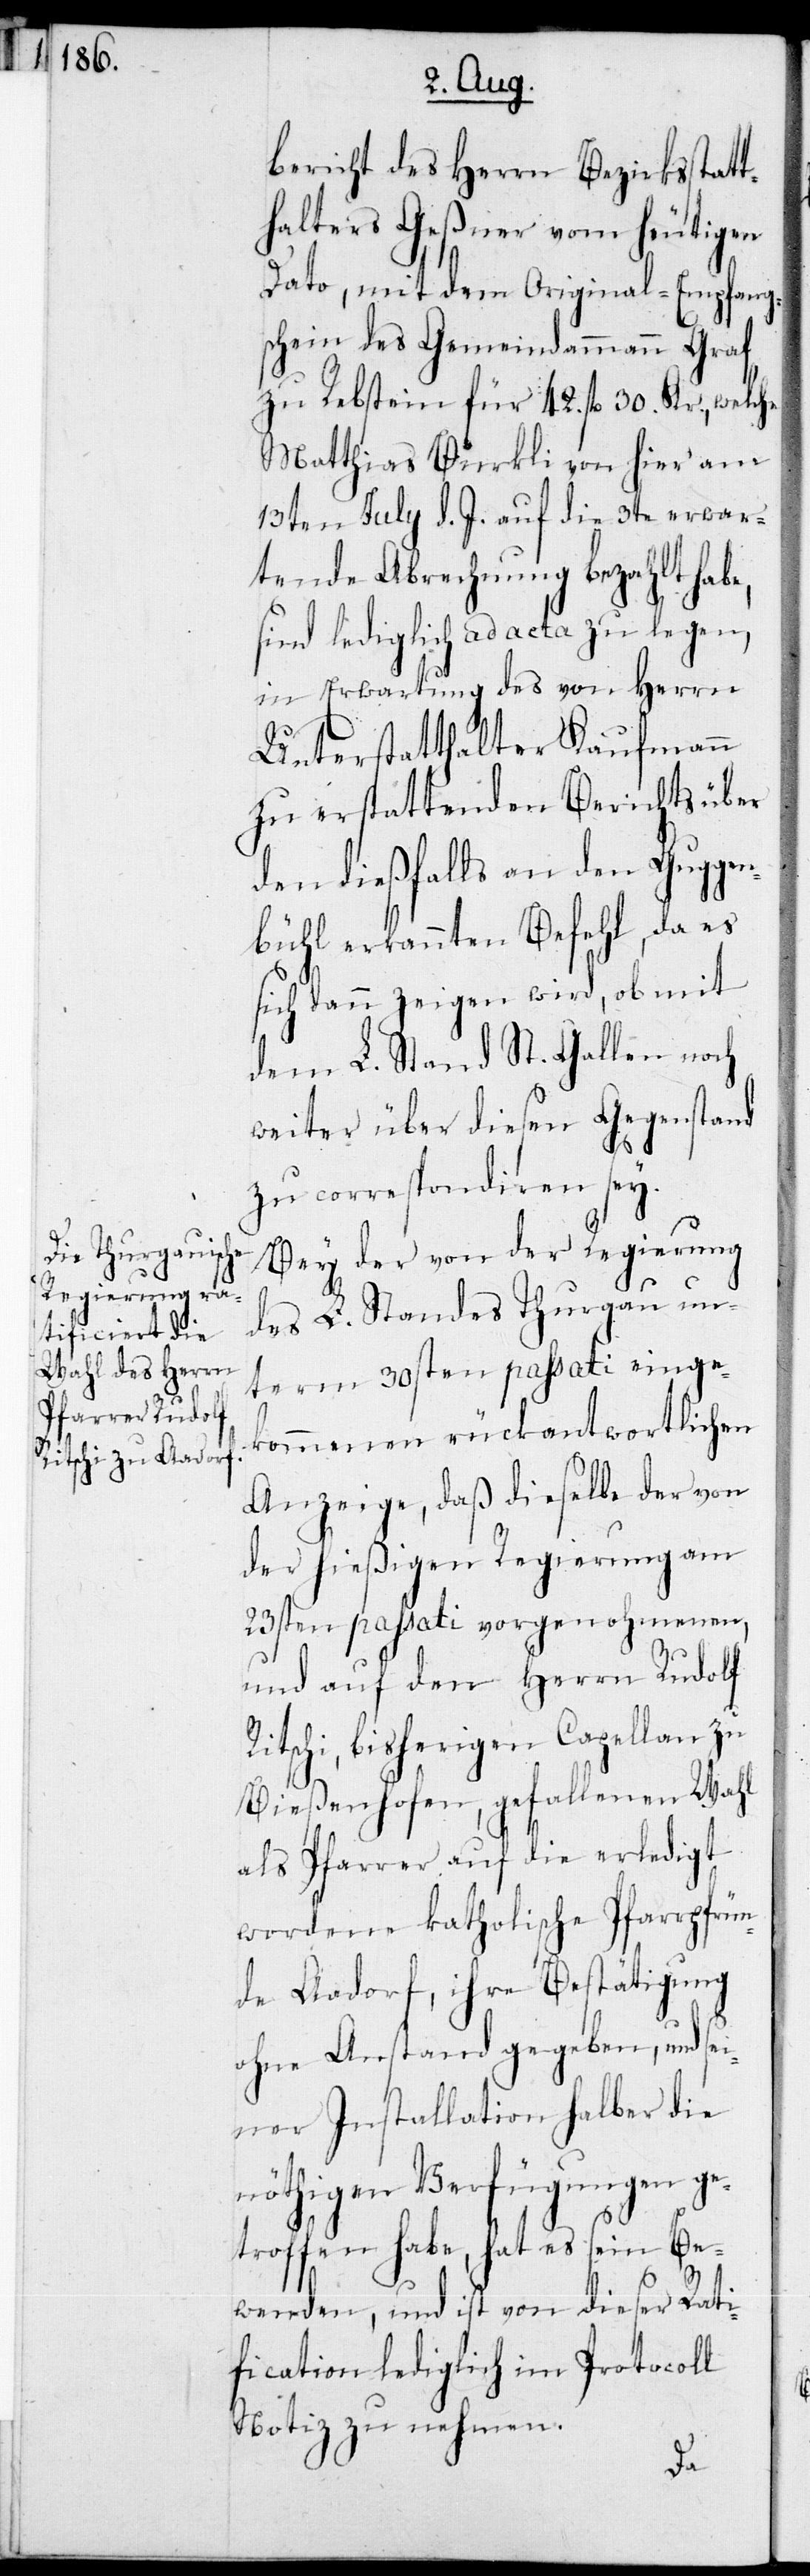
bericht des Herrn Bezirksstatt¬
halters Geßner vom heutigen
Dato, mit dem Original-Empfangs¬
schein des Gemeindammann Graf
zu Rebstein für 42. fl. 30. Kr., welche
Matthias Bürkli von hier am
13ten July d. J. auf die 3te erwar¬
tende Abrechnung bezahlt habe,
sind lediglich ad acta zu legen,
in Erwartung des von Herrn
Unterstatthalter Kaufmann
zu erstattenden Berichts über
den dießfalls an den Guggen¬
bühl erkannten Befehl, da es
sich dann zeigen wird, ob mit
dem L. Stand St. Gallen noch
weiter über diesen Gegenstand
zu correspondieren sey.
Bey der von der Regierung
des L. Standes Thurgau un¬
term 30sten passati einge¬
kommenen rückantwortlichen
Anzeige, daß dieselbe der von
der hießigen Regierung am
23sten passati vorgenohmenen,
und auf den Herrn Rudolf
Ritschi, bisherigen Capellan zu
Bießenhofen, gefallenen Wahl
als Pfarrer auf die erledigt
wordene katholische Pfarrpfrün¬
de Aadorf, ihre Bestätigung
ohne Anstand gegeben, und se¬
iner Installation halber die
nöthigen Verfügungen ge¬
troffen habe, hat es sein Be¬
wenden, und ist von dieser Rati¬
fication lediglich im Protocoll
Notiz zu nehmen.